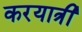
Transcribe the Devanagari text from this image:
करयात्री